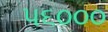
૫૬૦૦૦